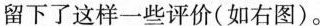
留下了这样一些评价(如右图)。